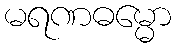
မရဏဓမ္မော